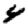
Digit: 4